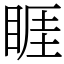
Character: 睚